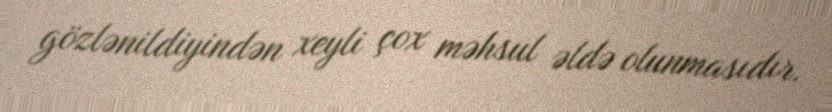
gözlənildiyindən xeyli çox məhsul əldə olunmasıdır.